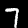
Label: 7